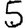
Digit: 5